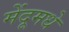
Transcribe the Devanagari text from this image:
मेंदूमधे